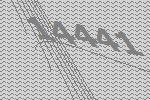
14441